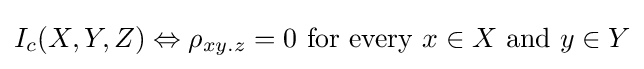
I_{c}(X,Y,Z)\Leftrightarrow \rho _{xy.z}=0{\text{ for every }}x\in X{\text{ and }}y\in Y